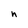
Character: n